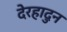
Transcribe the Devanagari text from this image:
देरहादुन